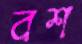
বশ